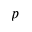
p